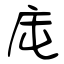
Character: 庉